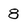
Character: 8